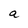
Character: a